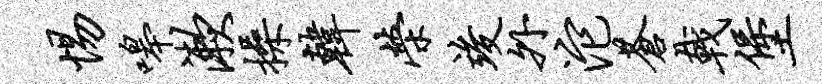
惕嗥漱操韩荣竣外沱苍戟堡